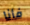
فأنا